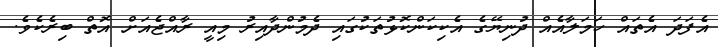
އެފަދަ އެތައް ހަމަލާއެއް ދުނިޔޭގެ އެކިކަންކޮޅުތަކުގައި ދެމުންދާއިރު މިއީ ރާއްޖެއަށް އޮތް ބިރެކެވެ.